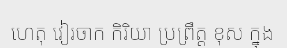
ហេតុ វៀរចាក កិរិយា ប្រព្រឹត្ត ខុស ក្នុង